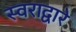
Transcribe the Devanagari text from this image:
स्वराद्वारे